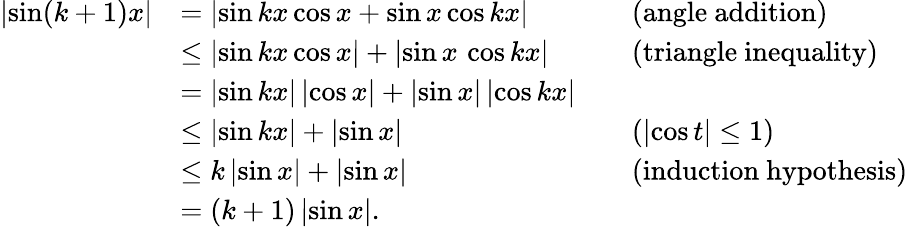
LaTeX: {\begin{array}{rlrl}{\left|\sin(k+1)x\right|}&{=\left|\sin kx\cos x+\sin x\cos kx\right|}&&{{\mathrm{(angle~addition)}}}\\ &{\leq\left|\sin kx\cos x\right|+\left|\sin x\, \cos kx\right|}&&{{\mathrm{(triangle~inequality)}}}\\ &{=\left|\sin kx\right|\left|\cos x\right|+\left|\sin x\right|\left|\cos kx\right|}\\ &{\leq\left|\sin kx\right|+\left|\sin x\right|}&&{(\left|\cos t\right|\leq 1)}\\ &{\leq k\left|\sin x\right|+\left|\sin x\right|}&&{{\mathrm{(induction~hypothesis}})}\\ &{=(k+1)\left|\sin x\right|.}\end{array}}